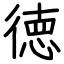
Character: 徳